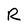
Character: R